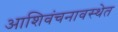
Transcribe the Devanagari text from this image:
आशिवंचनावस्थेत